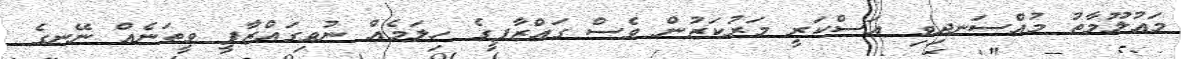
މައުލޫމާތު މުއްސަނދިވި އަސްކަރީ މަރުކަޒުން ވެސް ގައްޒާފީގެ ހިލަމެއް ނުވިގައްޒާފީ ވީތަނެއް ނޭނގެ